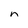
Character: n